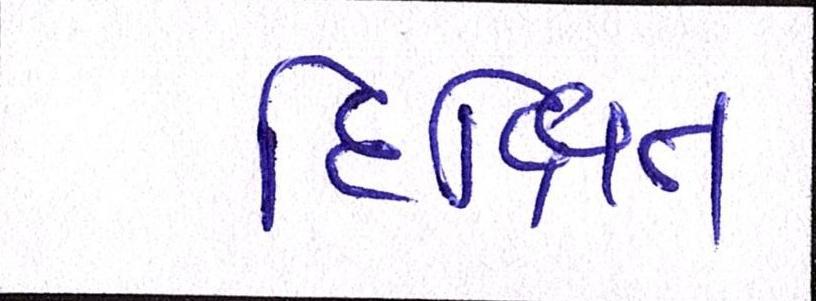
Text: દિક્ષિત